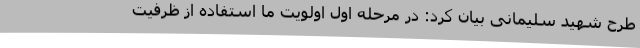
طرح شهید سلیمانی بیان کرد: در مرحله اول اولویت ما استفاده از ظرفیت